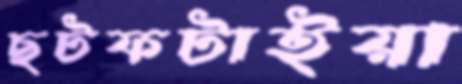
ছটফটাইয়া